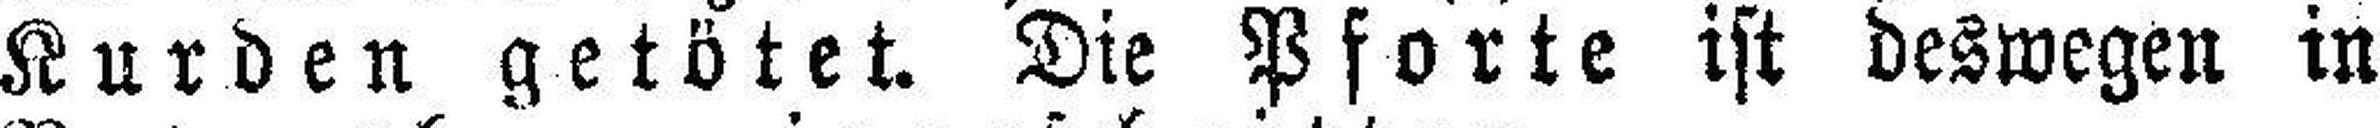
Kurden getötet. Die Pforte ist deswegen in